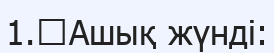
1.	Ашық жүнді: